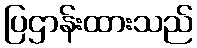
ပြဌာန်းထားသည်